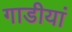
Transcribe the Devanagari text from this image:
गाडीयां